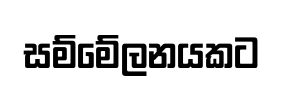
සම්මේලනයකට